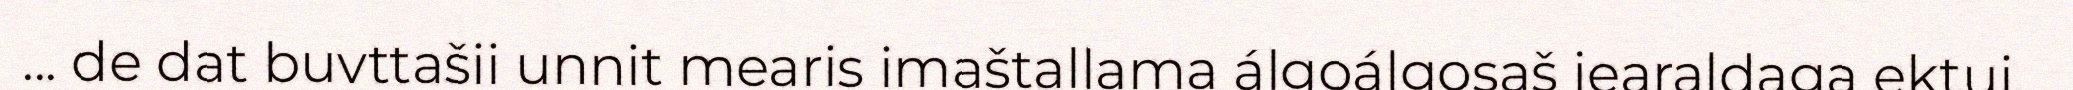
... de dat buvttašii unnit mearis imaštallama álgoálgosaš jearaldaga ektui.